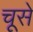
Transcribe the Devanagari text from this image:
चूसे